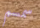
سمسم